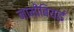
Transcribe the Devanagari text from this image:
नामीबियाई